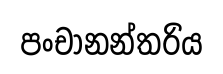
පංචානන්තරිය